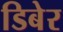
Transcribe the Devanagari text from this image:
डिबेर